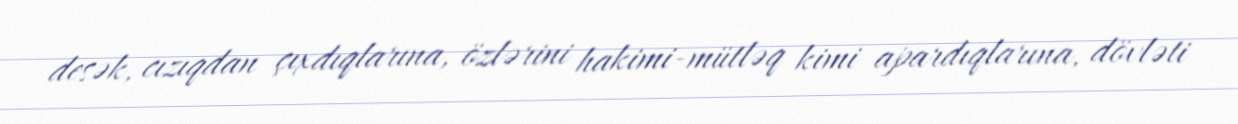
desək, cızıqdan çıxdıqlarına, özlərini hakimi-mütləq kimi apardıqlarına, dövləti